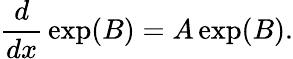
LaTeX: {\frac{d}{dx}}\exp(B)=A\exp(B).